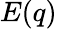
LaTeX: E(q)